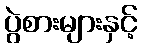
ပွဲစားများနှင့်